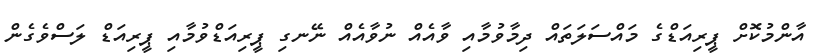
އާންމުކޮށް ޕީރިއަޑްގެ މައްސަލަތައް ދިމާވުމާއި ވާއެއް ނުވާއެއް ނޭނގި ޕީރިއަޑްވުމާއި ޕީރިއަޑް ލަސްވެގެން